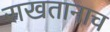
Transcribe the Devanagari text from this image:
राखतानाच